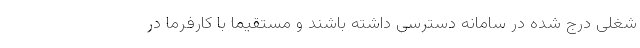
شغلی درج شده در سامانه دسترسی داشته باشند و مستقیماً با کارفرما در